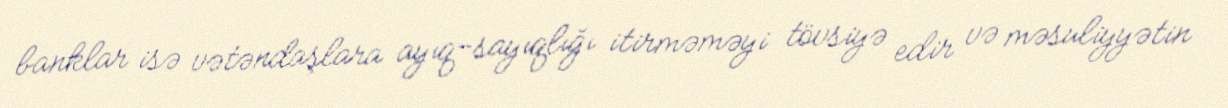
banklar isə vətəndaşlara ayıq-sayıqlığı itirməməyi tövsiyə edir və məsuliyyətin